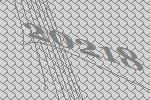
20218